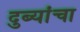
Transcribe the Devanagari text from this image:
दुब्यांचा